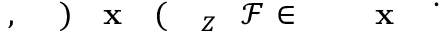
\! \! \! \! \! \! \! \! \! \! \! \! \! \! \! \! \! \! \! \! \! \! \! \! \! \! \! \! \! \! \! \! \! \! \! \! \! \! \! \! \! \! \! \! \! \! \! \dot { \! } \! \! \! \! \! \! \! \! \! \! \! \mathbf { x } \! \! \! \! \! \! \! \! \! \! \! \! \! \! \! \! \! \! \! \! \! \! \! \! \in \! \! \! \! \! \! \! \! \! \! \! \! \ensuremath { \mathcal { F } } \! \! \! \! \! \! \! \! \! \! \! \! _ { Z } \! \! \! \! \! \! \! \! \! \! \! \! ( \! \! \! \! \! \! \! \! \! \! \! \! \mathbf { x } \! \! \! \! \! \! \! \! \! \! \! \! ) \! \! \! \! \! \! \! \! \! \! \! \! , \! \! \! \! \! \! \! \! \! \! \! \! \! \! \! \! \! \! \! \! \! \! \!